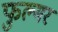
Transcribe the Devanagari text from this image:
फुल्मर